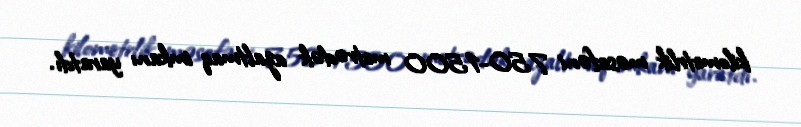
kilometrlik məsafəni 750-1500 metrədək azaltmaq imkanı yaratdı.